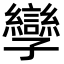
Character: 孿